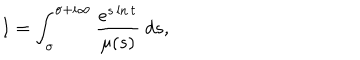
LaTeX: I = \int _ { \sigma } ^ { \sigma + i \infty } \frac { e ^ { s \ln t } } { \mu ( s ) } \ d s ,